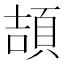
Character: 頡